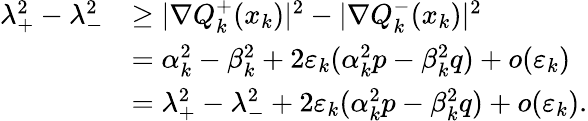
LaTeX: \begin{array}{rl}{\lambda_{+}^{2}-\lambda_{-}^{2}}&{\ge|\nabla Q_{k}^{+}(x_{k})|^{2}-|\nabla Q_{k}^{-}(x_{k})|^{2}}\\ &{=\alpha_{k}^{2}-\beta_{k}^{2}+2\varepsilon_{k}(\alpha_{k}^{2}p-\beta_{k}^{2}q)+o(\varepsilon_{k})}\\ &{=\lambda_{+}^{2}-\lambda_{-}^{2}+2\varepsilon_{k}(\alpha_{k}^{2}p-\beta_{k}^{2}q)+o(\varepsilon_{k}).}\end{array}